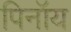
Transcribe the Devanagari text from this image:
पिनॉय